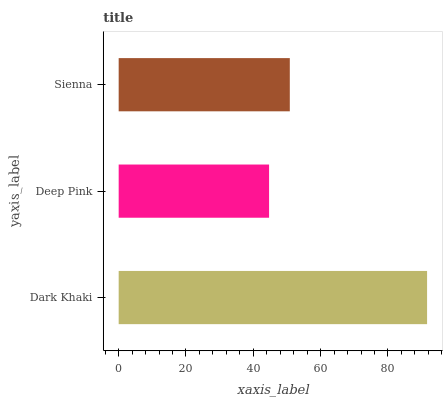
| yaxis_label | bars |
 | --- | --- |
 | Dark Khaki | 91.6 |
 | Deep Pink | 44.7 |
 | Sienna | 50.8 |